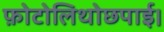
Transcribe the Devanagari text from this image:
फ़ोटोलिथोछपाई।